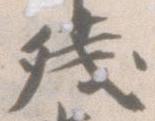
残